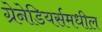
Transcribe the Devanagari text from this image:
ग्रेनेडियर्समधील